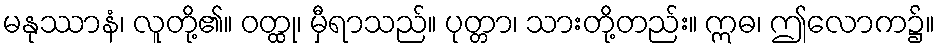
မနုဿာနံ၊ လူတို့၏။ ဝတ္ထု၊ မှီရာသည်။ ပုတ္တာ၊ သားတို့တည်း။ ဣဓ၊ ဤလောက၌။